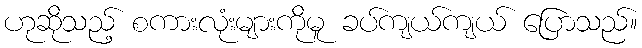
ဟုဆိုသည့် စကားလုံးများကိုမူ ခပ်ကျယ်ကျယ် ပြောသည်။